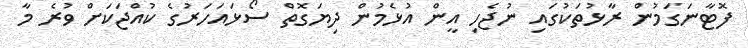
ފޮޓާނަގަމުން ރާޅުތަކުގައި ނުޖެހި އީން އުޅެމުން ދިޔަގޮތް ސޯޅައަހަރުގެ ކުއްޖަކަށް ވުރެ މާ